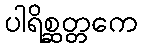
ပါရိစ္ဆတ္တကေ